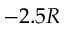
- 2 . 5 R